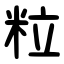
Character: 粒